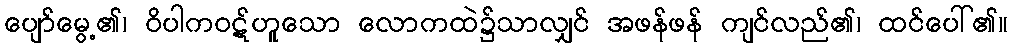
ပျော်မွေ့၏၊ ဝိပါကဝဋ်ဟူသော လောကထဲ၌သာလျှင် အဖန်ဖန် ကျင်လည်၏၊ ထင်ပေါ်၏။